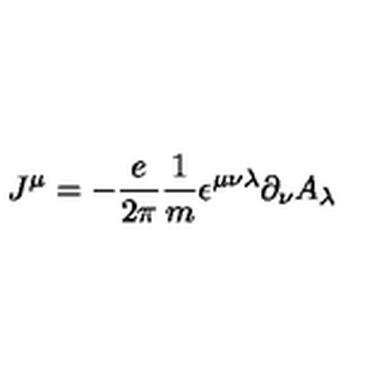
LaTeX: J ^ { \mu } = - { \frac { e } { 2 \pi } } { \frac { 1 } { m } } \epsilon ^ { \mu \nu \lambda } \partial _ { \nu } A _ { \lambda }